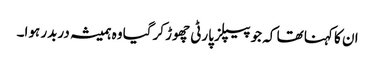
ان کا کہنا تھا کہ جو پیپلز پارٹی چھوڑ کرگیا وہ ہمیشہ دربدر ہوا۔